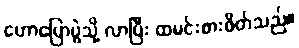
ဟောပြောပွဲသို့ လာပြီး ထမင်းစားဖိတ်သည်။